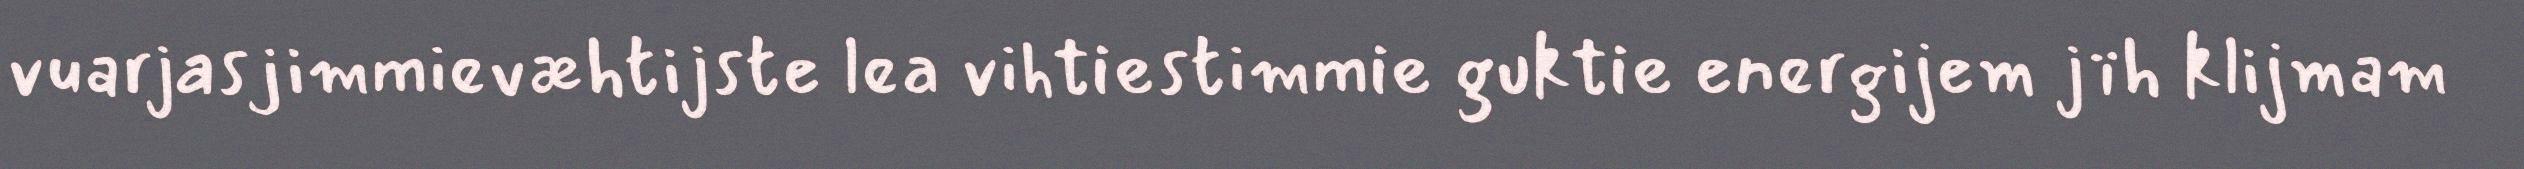
vuarjasjimmievæhtijste lea vihtiestimmie guktie energijem jïh klijmam